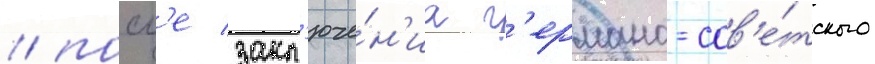
/ посл'е закл'юче́н'иа г'ермано-сов'е́тского